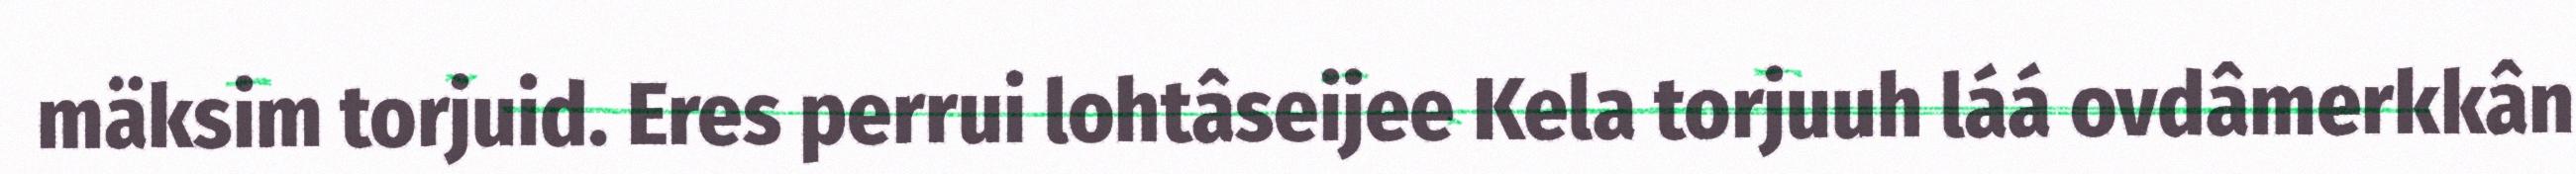
mäksim torjuid. Eres perrui lohtâseijee Kela torjuuh láá ovdâmerkkân